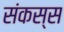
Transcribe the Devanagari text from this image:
संकस्स